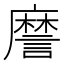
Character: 䜆